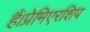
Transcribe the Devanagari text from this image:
हैं।प्रेमिएरशिप